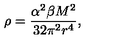
\rho = \frac { \alpha ^ { 2 } \beta M ^ { 2 } } { 3 2 \pi ^ { 2 } r ^ { 4 } } ,